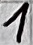
Text: 1